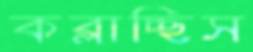
কব্‌লাচ্ছিস